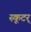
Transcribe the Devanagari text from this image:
स्कूटर्